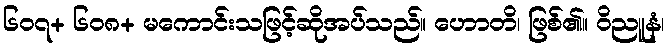
၆၀၇+ ၆၀၈+ မကောင်းသဖြင့်ဆိုအပ်သည်။ ဟောတိ၊ ဖြစ်၏။ ဝိညူနံ၊